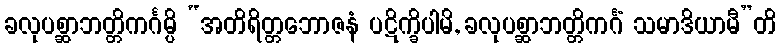
ခလုပစ္ဆာဘတ္တိကင်္ဂမ္ပိ “အတိရိတ္တဘောဇနံ ပဋိက္ခိပါမိ, ခလုပစ္ဆာဘတ္တိကင်္ဂံ သမာဒိယာမီ”တိ